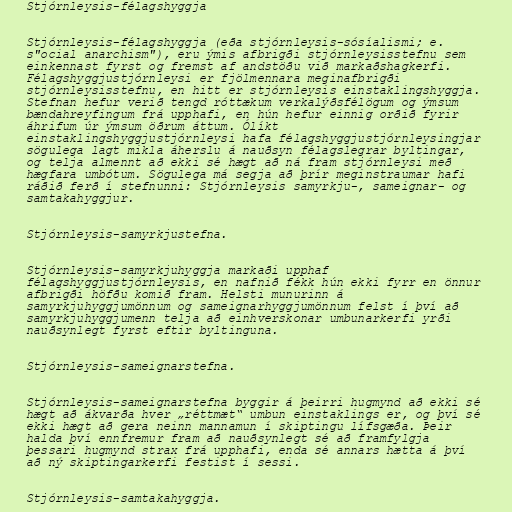
Stjórnleysis-félagshyggja

Stjórnleysis-félagshyggja (eða stjórnleysis-sósíalismi; e.
s"ocial anarchism"), eru ýmis afbrigði stjórnleysisstefnu sem
einkennast fyrst og fremst af andstöðu við markaðshagkerfi.
Félagshyggjustjórnleysi er fjölmennara meginafbrigði
stjórnleysisstefnu, en hitt er stjórnleysis einstaklingshyggja.
Stefnan hefur verið tengd róttækum verkalýðsfélögum og ýmsum
bændahreyfingum frá upphafi, en hún hefur einnig orðið fyrir
áhrifum úr ýmsum öðrum áttum. Ólíkt
einstaklingshyggjustjórnleysi hafa félagshyggjustjórnleysingjar
sögulega lagt mikla áherslu á nauðsyn félagslegrar byltingar,
og telja almennt að ekki sé hægt að ná fram stjórnleysi með
hægfara umbótum. Sögulega má segja að þrír meginstraumar hafi
ráðið ferð í stefnunni: Stjórnleysis samyrkju-, sameignar- og
samtakahyggjur.

Stjórnleysis-samyrkjustefna.

Stjórnleysis-samyrkjuhyggja markaði upphaf
félagshyggjustjórnleysis, en nafnið fékk hún ekki fyrr en önnur
afbrigði höfðu komið fram. Helsti munurinn á
samyrkjuhyggjumönnum og sameignarhyggjumönnum felst í því að
samyrkjuhyggjumenn telja að einhverskonar umbunarkerfi yrði
nauðsynlegt fyrst eftir byltinguna.

Stjórnleysis-sameignarstefna.

Stjórnleysis-sameignarstefna byggir á þeirri hugmynd að ekki sé
hægt að ákvarða hver „réttmæt“ umbun einstaklings er, og því sé
ekki hægt að gera neinn mannamun í skiptingu lífsgæða. Þeir
halda því ennfremur fram að nauðsynlegt sé að framfylgja
þessari hugmynd strax frá upphafi, enda sé annars hætta á því
að ný skiptingarkerfi festist í sessi.

Stjórnleysis-samtakahyggja.